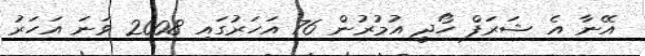
އޭނާ އެ ޝަރަފް ހޯދީ އުމުރުން 76 އަހަރުގައި 2008 ވަނަ އަހަރު